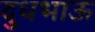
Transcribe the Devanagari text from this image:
दुधभाऊ